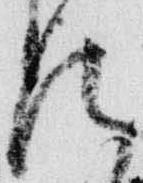
法